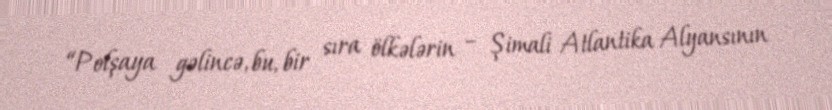
“Polşaya gəlincə, bu, bir sıra ölkələrin – Şimali Atlantika Alyansının